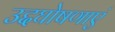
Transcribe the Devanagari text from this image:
उद्दघोषणाएं